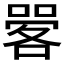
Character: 𱔆